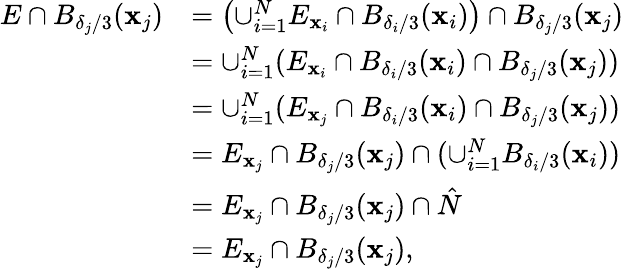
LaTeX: \begin{array}{rl}{E\cap B_{\delta_{j}/3}(\mathbf{x}_{j})}&{=\left(\cup_{i=1}^{N}E_{\mathbf{x}_{i}}\cap B_{\delta_{i}/3}(\mathbf{x}_{i})\right)\cap B_{\delta_{j}/3}(\mathbf{x}_{j})}\\ &{=\cup_{i=1}^{N}(E_{\mathbf{x}_{i}}\cap B_{\delta_{i}/3}(\mathbf{x}_{i})\cap B_{\delta_{j}/3}(\mathbf{x}_{j}))}\\ &{=\cup_{i=1}^{N}(E_{\mathbf{x}_{j}}\cap B_{\delta_{i}/3}(\mathbf{x}_{i})\cap B_{\delta_{j}/3}(\mathbf{x}_{j}))}\\ &{=E_{\mathbf{x}_{j}}\cap B_{\delta_{j}/3}(\mathbf{x}_{j})\cap(\cup_{i=1}^{N}B_{\delta_{i}/3}(\mathbf{x}_{i}))}\\ &{=E_{\mathbf{x}_{j}}\cap B_{\delta_{j}/3}(\mathbf{x}_{j})\cap\hat{N}}\\ &{=E_{\mathbf{x}_{j}}\cap B_{\delta_{j}/3}(\mathbf{x}_{j}),}\end{array}